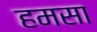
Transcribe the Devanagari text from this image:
हमसा